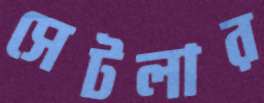
সেটলার